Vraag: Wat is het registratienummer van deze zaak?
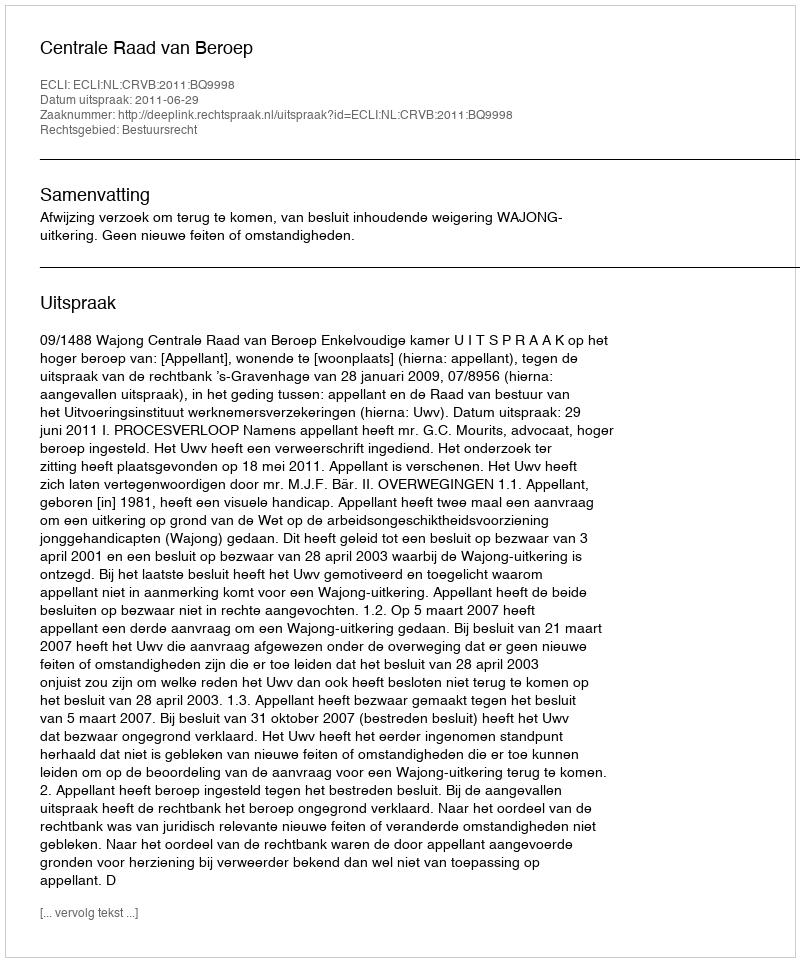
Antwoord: http://deeplink.rechtspraak.nl/uitspraak?id=ECLI:NL:CRVB:2011:BQ9998